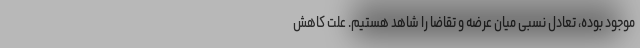
موجود بوده، تعادل نسبی میان عرضه و تقاضا را شاهد هستیم. علت کاهش